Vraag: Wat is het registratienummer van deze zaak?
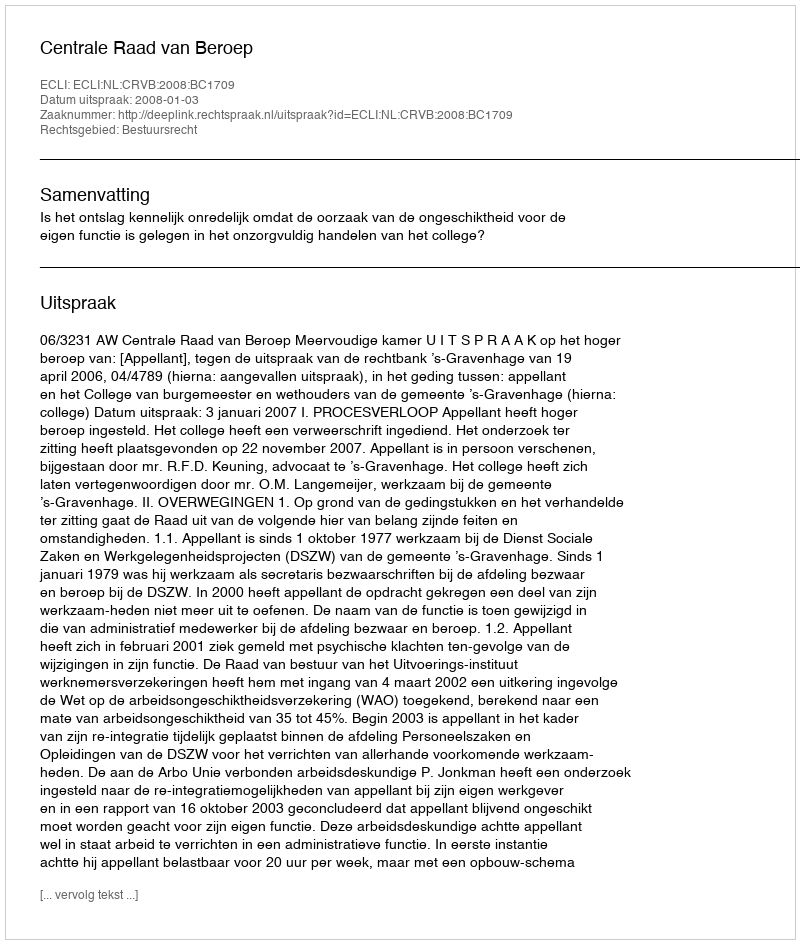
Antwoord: http://deeplink.rechtspraak.nl/uitspraak?id=ECLI:NL:CRVB:2008:BC1709